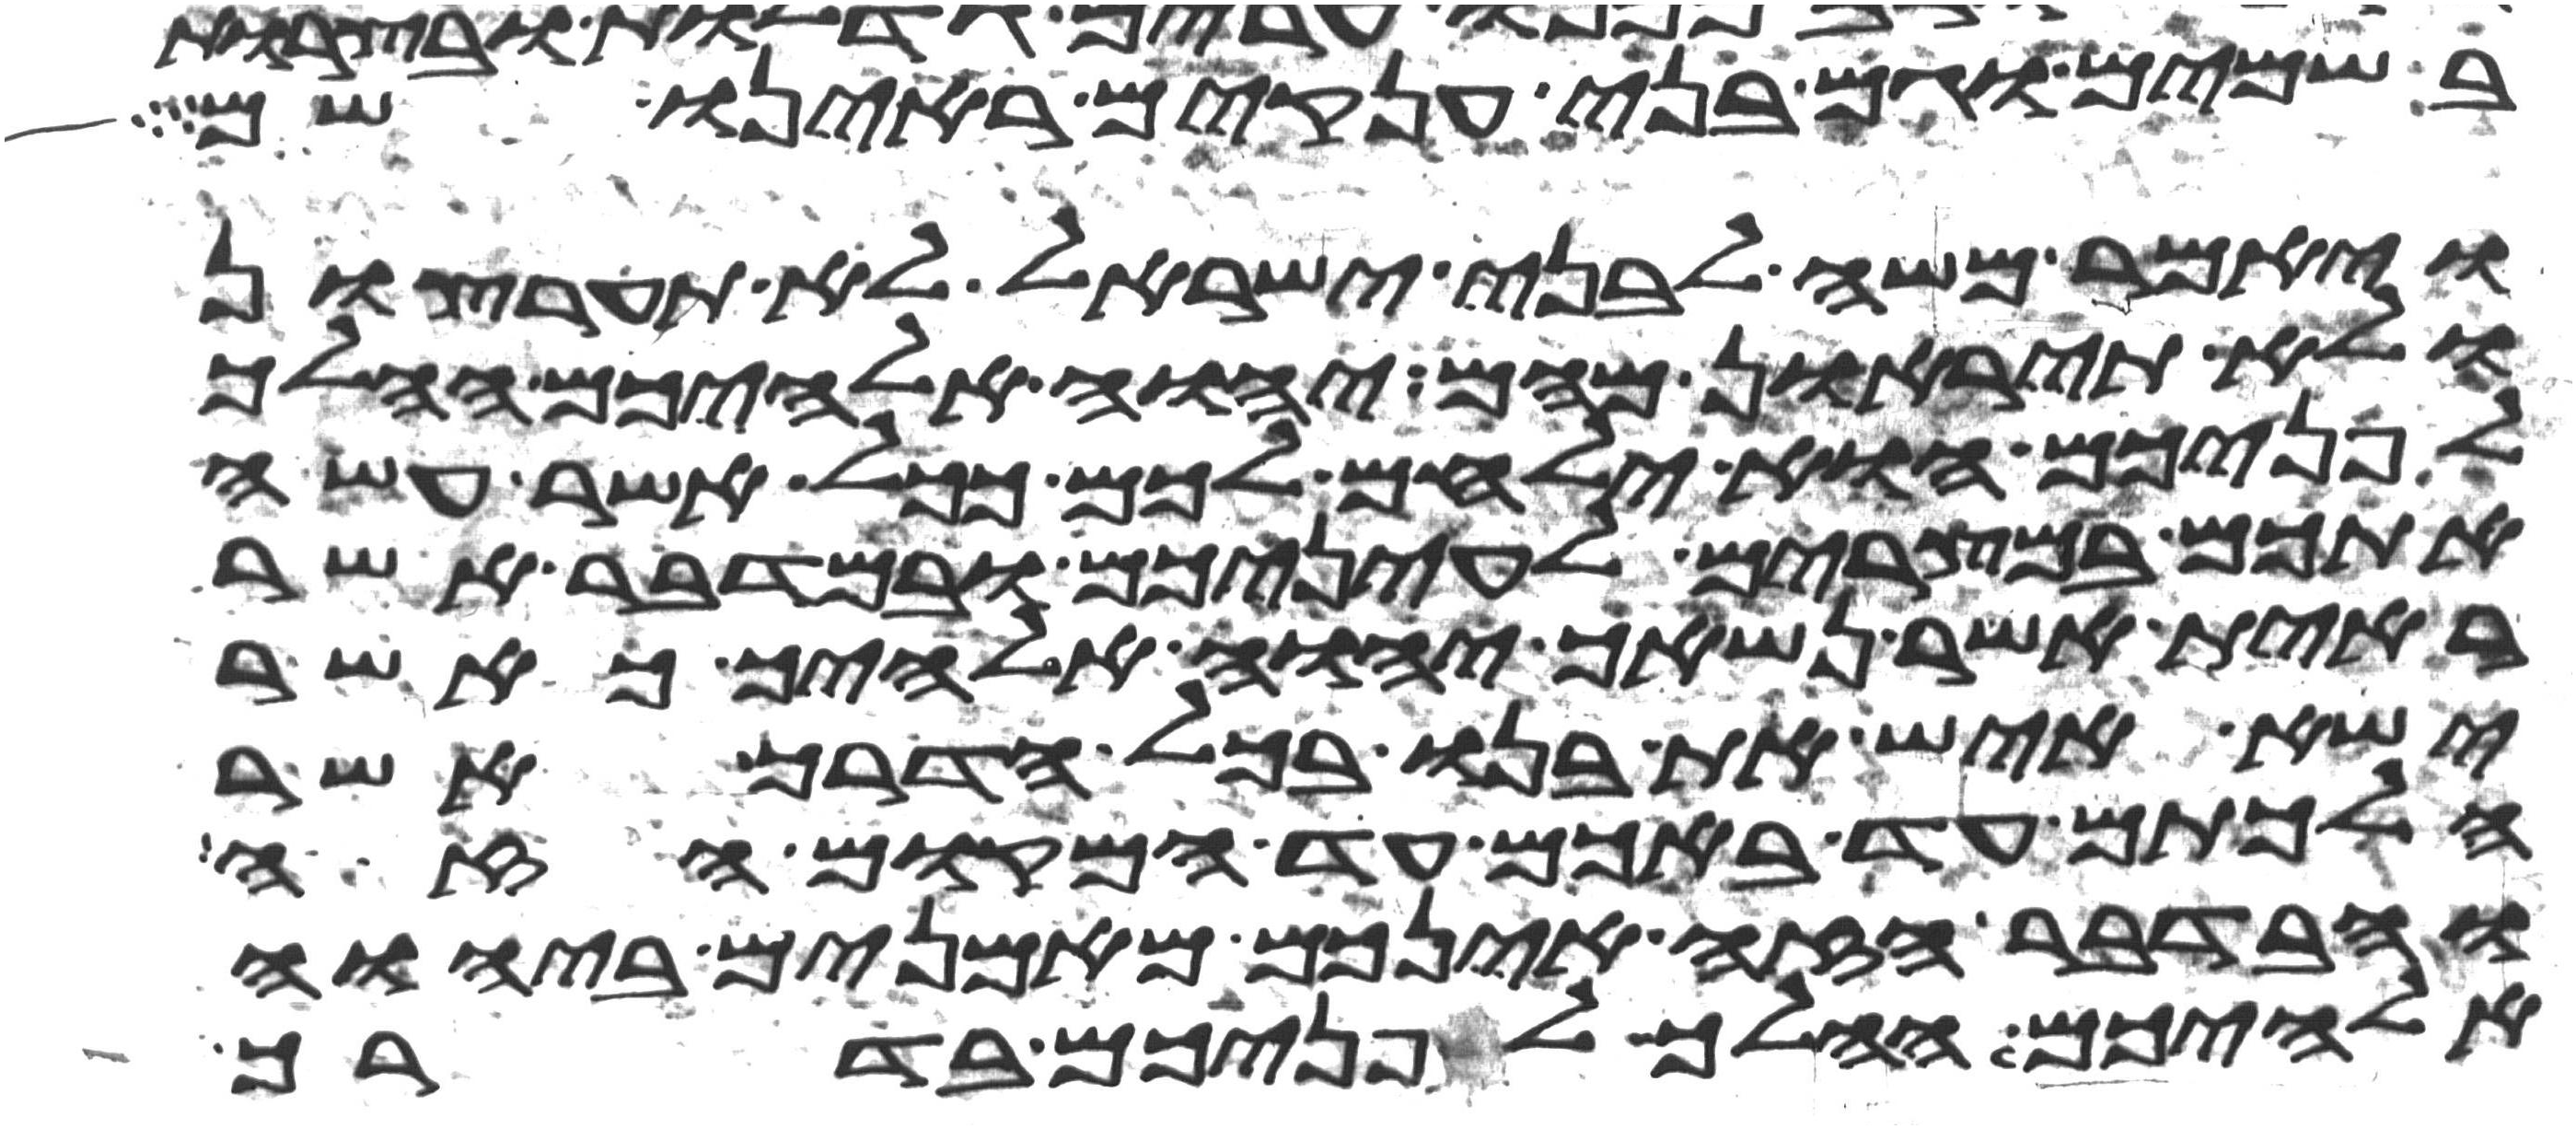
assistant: בשמים וגם בני ענקים ראינו שם
ויאמר משה לבני ישראל לא תערצון
ולא תיראון מהם יהוה אלהיכם ההלך
לפניכם הוא ילחם לכם ככל אשר עשה
אתכם במצרים לעיניכם ובמדבר אשר
ראית אשר נשאך יהוה אלהיך כאשר
ישא איש את בנו בכל הדרך אשר
הלכתם עד באכם עד המקום הזה
ובדבר הזה אינכם מאמנים ביהוה
אלהיכם ההלך לפניכם בדרך